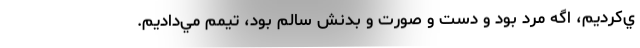
ي‌كرديم، اگه مرد بود و دست و صورت و بدنش سالم بود، تيمم مي‌داديم.